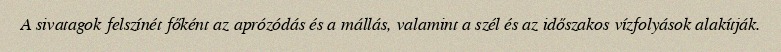
A sivatagok felszínét főként az aprózódás és a mállás, valamint a szél és az időszakos vízfolyások alakítják.